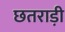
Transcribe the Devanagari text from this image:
छतराड़ी